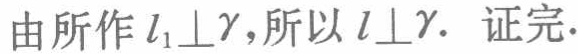
由所作\(l_1\perp\gamma\)，所以\(l\perp\gamma\). 证完.